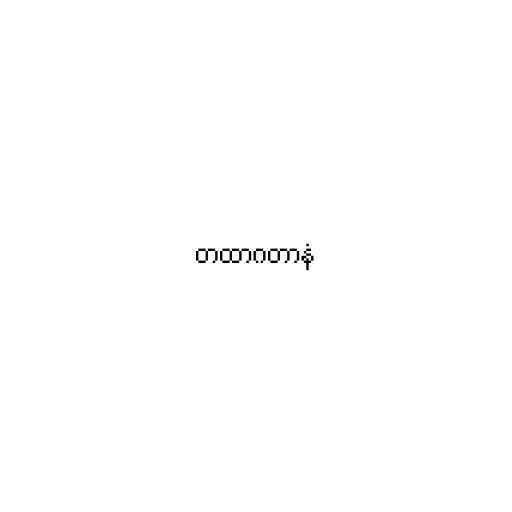
တထာဂတာနံ